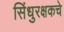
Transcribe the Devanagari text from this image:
सिंधुरक्षकचे